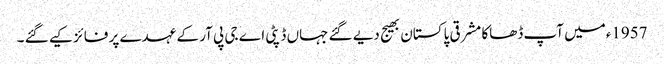
1957ءمیں آپ ڈھاکا مشرقی پاکستان بھیج دیے گئے جہاں ڈپٹی اے جی پی آر کے عہدے پر فائز کیے گئے ۔